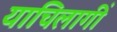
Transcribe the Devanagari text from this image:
याचिलागीं